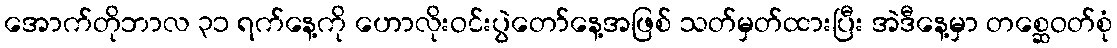
အောက်တိုဘာလ ၃၁ ရက်နေ့ကို ဟောလိုးဝင်းပွဲတော်နေ့အဖြစ် သတ်မှတ်ထားပြီး အဲဒီနေ့မှာ တစ္ဆေဝတ်စုံ